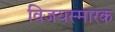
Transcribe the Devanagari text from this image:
विजयस्मारक